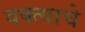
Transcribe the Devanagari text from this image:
वक्त्याचे